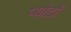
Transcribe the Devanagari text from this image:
प्योर्टो